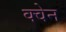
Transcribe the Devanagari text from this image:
क्वेन